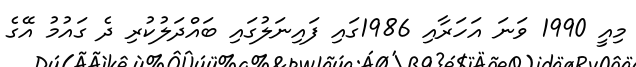
މިއީ 1990 ވަނަ އަހަރާއި 1986ގައި ފައިނަލުގައި ބައްދަލުކުރި ދެ ގައުމު އޭގެ